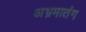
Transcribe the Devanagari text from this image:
अभ्रमातंग